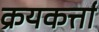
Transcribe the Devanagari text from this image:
क्रयकर्त्ता